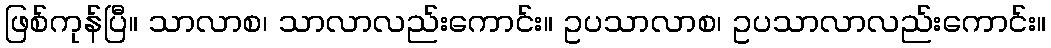
ဖြစ်ကုန်ပြီ။ သာလာစ၊ သာလာလည်းကောင်း။ ဥပသာလာစ၊ ဥပသာလာလည်းကောင်း။